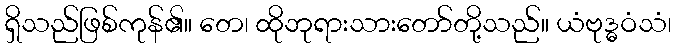
ရှိသည်ဖြစ်ကုန်၏။ တေ၊ ထိုဘုရားသားတော်တို့သည်။ ယံဗုဒ္ဓဝံသံ၊